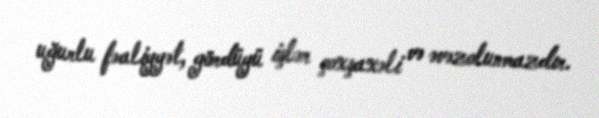
uğurlu fəaliyyət, gördüyü işlər çoxşaxəli və əvəzolunmazdır.